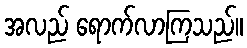
အလည် ရောက်လာကြသည်။